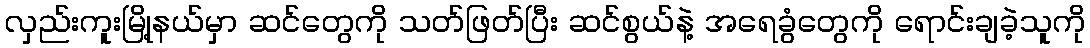
လှည်းကူးမြို့နယ်မှာ ဆင်တွေကို သတ်ဖြတ်ပြီး ဆင်စွယ်နဲ့ အရေခွံတွေကို ရောင်းချခဲ့သူကို